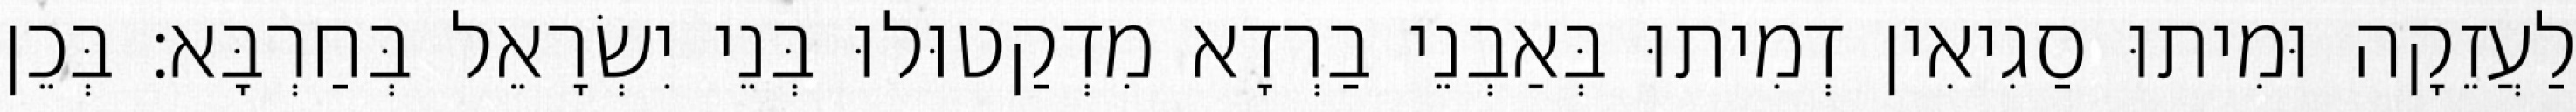
לַעֲזֵקָה וּמִיתוּ סַגִיאִין דְמִיתוּ בְּאַבְנֵי בַרְדָא מִדְקַטוּלוּ בְּנֵי יִשְׂרָאֵל בְּחַרְבָּא׃ בְּכֵן